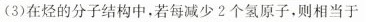
(3)在烃的分子结构中，若每减少2个氢原子，则相当于